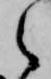
之